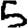
Digit: 5